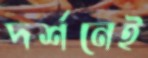
দর্শনেই